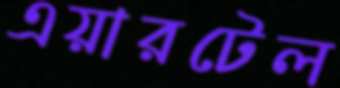
এয়ারটেল